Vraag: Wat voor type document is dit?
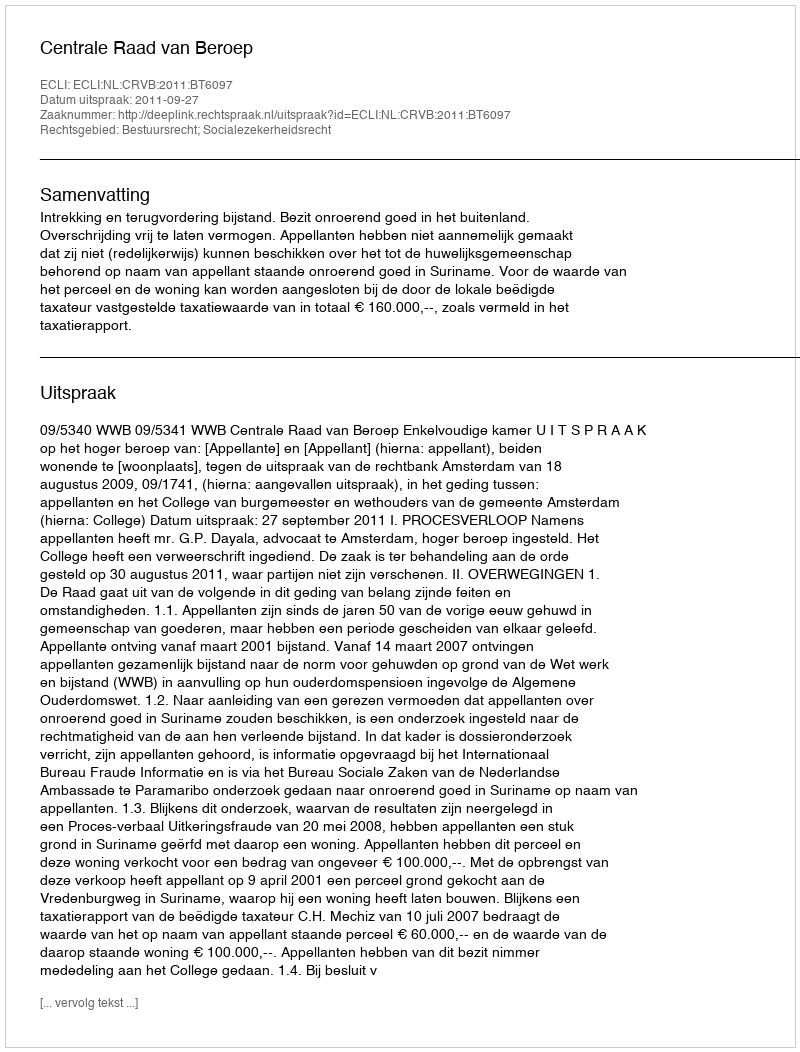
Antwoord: Uitspraak